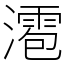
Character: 㵡